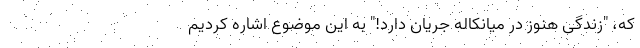
که، "زندگی هنوز در میانکاله جریان دارد!" به این موضوع اشاره کردیم